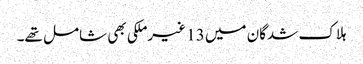
ہلاک شدگان میں 13 غیرملکی بھی شامل تھے۔